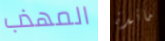
المهذب مائدة